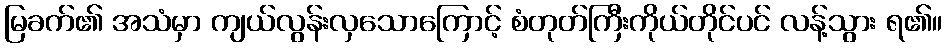
မြခက်၏ အသံမှာ ကျယ်လွန်းလှသောကြောင့် စံတုတ်ကြီးကိုယ်တိုင်ပင် လန့်သွား ရ၏။